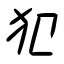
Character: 犯